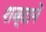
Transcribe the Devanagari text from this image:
शब्दानें